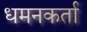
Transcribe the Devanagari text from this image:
धमनकर्ता